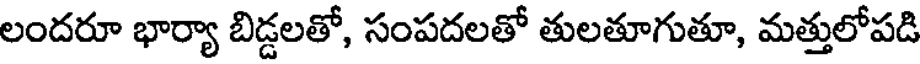
లందరూ భార్యా బిడ్డలతో, సంపదలతో తులతూగుతూ, మత్తులోపడి